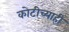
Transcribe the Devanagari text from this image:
कोटीच्याही